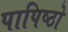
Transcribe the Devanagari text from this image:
पापिष्ठो